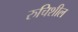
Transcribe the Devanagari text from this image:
रुचिशील